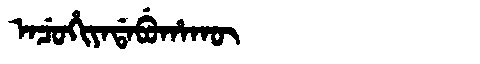
Manchu: ᠠᠴᡠᡥᡳᠶᠠᡩᠠᠪᡠᡥᠠᡴᡡ
Romanization: ACUHIYADABUHAKŪ